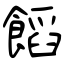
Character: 饀